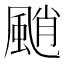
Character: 颵